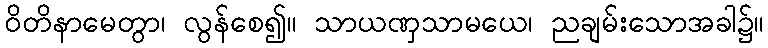
ဝိတိနာမေတွာ၊ လွန်စေ၍။ သာယဏှသာမယေ၊ ညချမ်းသောအခါ၌။